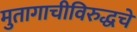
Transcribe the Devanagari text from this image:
मुतागाचीविरुद्धचे